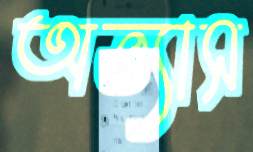
অভ্যাস